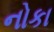
નોકા